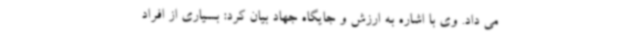
می داد. وی با اشاره به ارزش و جایگاه جهاد بیان کرد: بسیاری از افراد